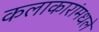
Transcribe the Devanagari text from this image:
कलाकारांमधले